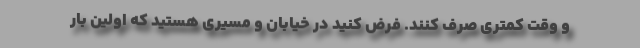
و وقت کمتری صرف کنند. فرض کنید در خیابان و مسیری هستید که اولین بار